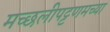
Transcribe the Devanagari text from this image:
मच्छलीपट्टणमच्या